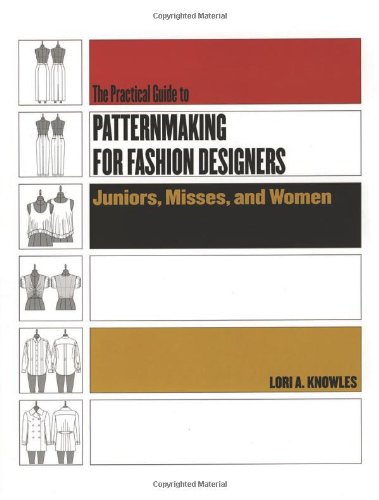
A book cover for Practical Guide to Patternmaking for Fashion Designers: Juniors, Misses and Women; Lori A. Knowles; Arts & Photography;